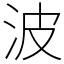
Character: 波